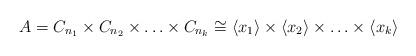
LaTeX: \begin{align*}A=C_{n_1}\times C_{n_2}\times \ldots \times C_{n_k}\cong \langle x_1 \rangle \times \langle x_2 \rangle\times \ldots \times \langle x_k \rangle\end{align*}